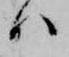
ハ